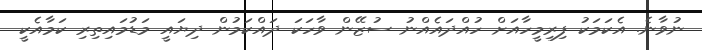
ނުވާނެ. އެކަމަކު ފިރިމީހާއަށް ހުއްދައެއްނު ސުޒޭން ވާހަކަ ދައްކަމުން ދިޔައީ މަޑުމައިތިރި ކަމާއެކީ